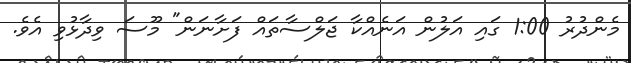
މެންދުރު 1:00 ގައި އަލުން އަނެއްކާ ޖަލްސާތައް ފަށާނަން" މޫސަ ވިދާޅުވި އެވެ.